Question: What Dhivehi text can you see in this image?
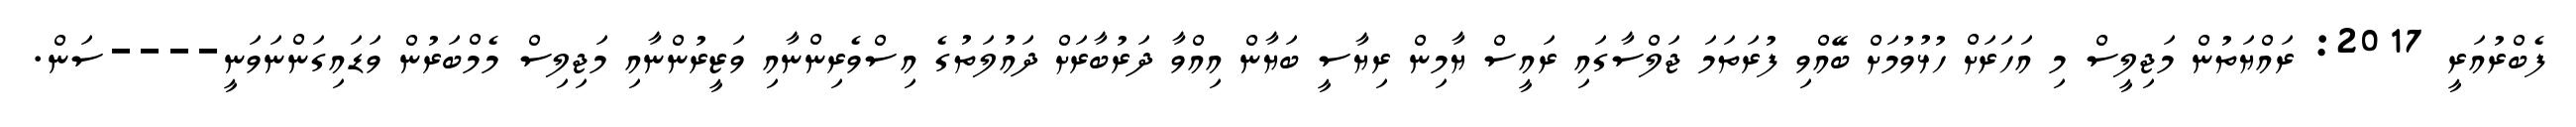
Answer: ފެބްރުއަރީ 2017: ރައްޔަތުން މަޖިލީސް މި އަހަރަށް ހުޅުވުމަށް ބޭއްވި ފުރަތަމަ ޖަލްސާގައި ރައީސް ޔާމިން ރިޔާސީ ބަޔާން އިއްވާ ދަރުބާރަށް ދައުލަތުގެ އިސްވެރިންނާއި ވަޒީރުންނާއި މަޖިލިސް މެމްބަރުން ވަޑައިގަންނަވަނީ----ސަން.